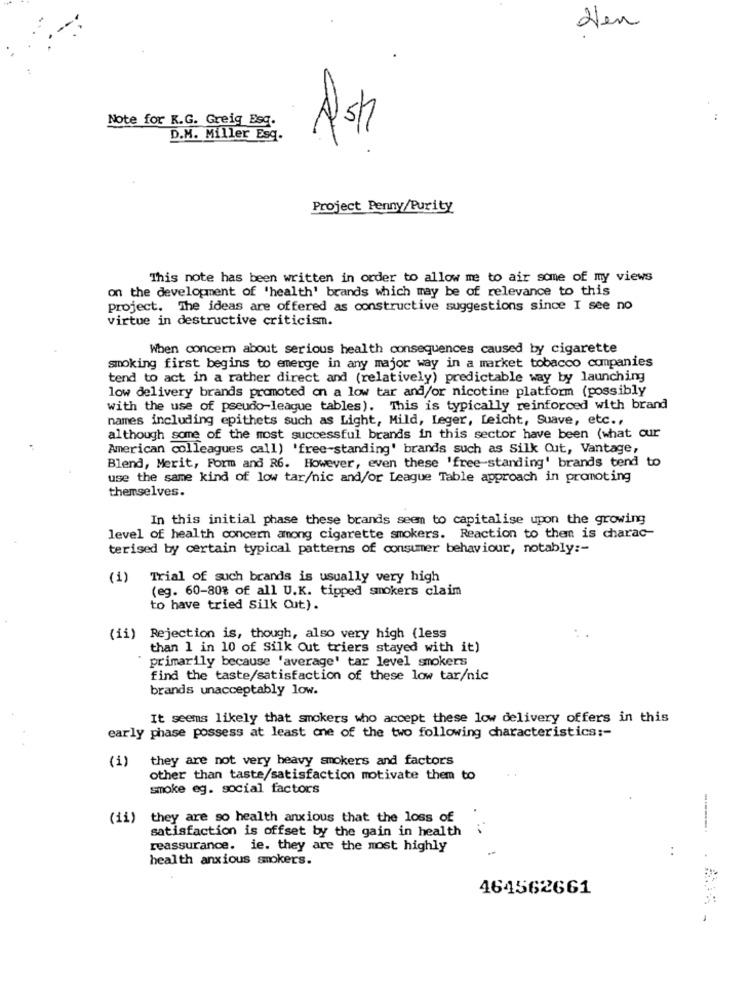
Hen
Note for K.G. Greig Esq.
..
D.M. Miller Esq.
Ash
Project Penny/Purity
This note has been written in order to allow me to air some of my views
on the development of 'health' brands which may be of relevance to this
Project. The ideas are offered as constructive suggestions since I see no
virtue in destructive criticism.
When concern about serious health consequences caused by cigarette
smoking first begins to emerge in any major way in a market tobacco companies
tend to act in a rather direct and (relatively) predictable way by launching
low delivery brands promoted on a low tar and/or nicotine platform (possibly
with the use of pseudo-league tables). This is typically reinforced with brand
names including epithets such as Light, Mild, Leger, Leicht, Suave, etc .,
although some of the most successful brands in this sector have been (what our
American colleagues call) 'free-standing' brands such as Silk Cut, Vantage,
Blend, Merit, Form and R6. However, even these 'free-standing' brands tend to
use the same kind of low tar/nic and/or League Table approach in promoting
themselves.
In this initial phase these brands seem to capitalise upon the growing
level of health concern among cigarette smokers. Reaction to them is charac-
terised by certain typical patterns of consumer behaviour, notably :-
(1) Trial of such brands is usually very high
(eg. 60-80% of all U.K. tipped smokers claim
to have tried Silk Cut).
(ii) Rejection is, though, also very high (less
than 1 in 10 of Silk Out triers stayed with it)
primarily because 'average' tar level smokers
find the taste/satisfaction of these low tar/nic
brands unacceptably low.
It seems likely that smokers who accept these low delivery offers in this
early phase possess at least one of the two following characteristics :-
they are not very heavy smokers and factors
(1)
other than taste/satisfaction motivate them to
smoke eg. social factors
(ii) they are so health anxious that the loss of
satisfaction is offset by the gain in health
reassurance. ie. they are the most highly
health anxious smokers.
464562661
-